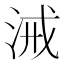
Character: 㳦